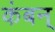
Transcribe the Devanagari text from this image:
कंबन्